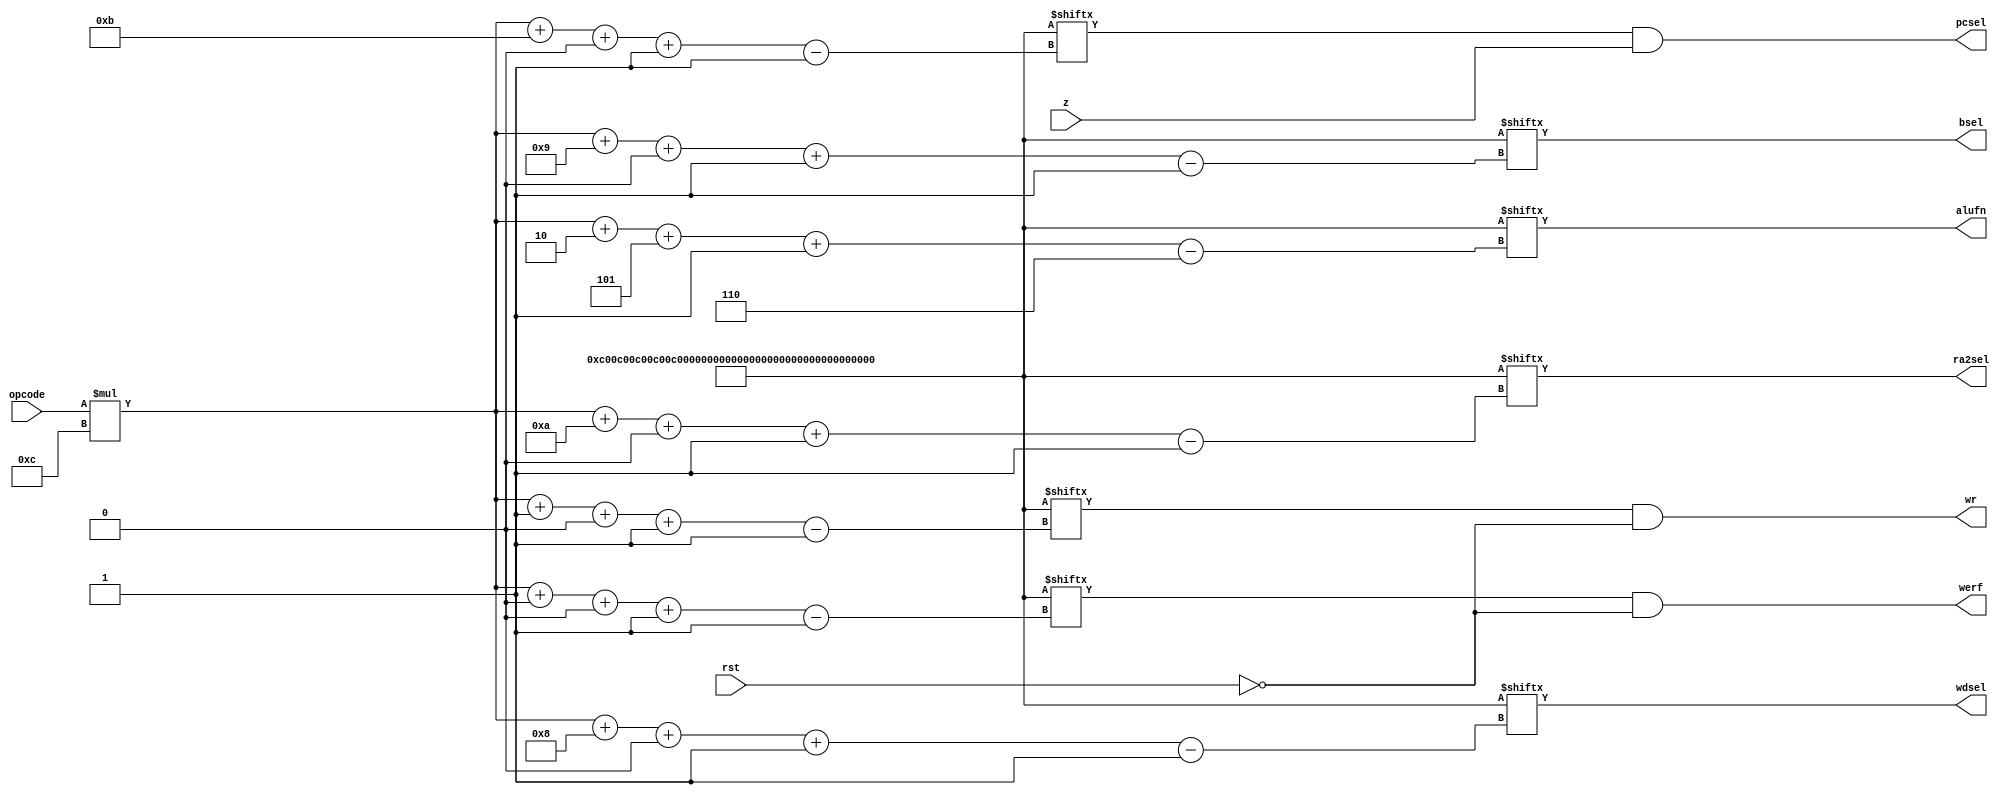
/*
   This file was generated automatically by Alchitry Labs version 1.2.1.
   Do not edit this file directly. Instead edit the original Lucid source.
   This is a temporary file and any changes made to it will be destroyed.
*/

/*
   Parameters:
     ALUFN_NOOP = 6b000011
     ALUFN_AND = 6b000010
     ALUFN_SHL = 6b000001
     ALUFN_ADD = 6b000000
     ALUFN_SHRC = 6b100001
     CONTROL_SIG = {c{1b0,1b0,1b0,1b0,ALUFN_NOOP,1b0,1b0},c{1b0,1b0,1b0,1b0,ALUFN_NOOP,1b0,1b0},c{1b0,1b0,1b0,1b0,ALUFN_NOOP,1b0,1b0},c{1b0,1b0,1b0,1b0,ALUFN_NOOP,1b0,1b0},c{1b0,1b0,1b0,1b0,ALUFN_NOOP,1b0,1b0},c{1b0,1b0,1b0,1b0,ALUFN_NOOP,1b0,1b0},c{1b0,1b0,1b0,1b0,ALUFN_NOOP,1b0,1b0},c{1b0,1b0,1b1,1b0,ALUFN_SHRC,1b0,1b1},c{1b1,1b1,1b0,1b0,ALUFN_NOOP,1b0,1b0},c{1b0,1b1,1b1,1b0,ALUFN_ADD,1b1,1b0},c{1b0,1b0,1b1,1b1,ALUFN_ADD,1b0,1b1},c{1b0,1b0,1b1,1b0,ALUFN_ADD,1b0,1b1},c{1b0,1b0,1b0,1b0,ALUFN_AND,1b0,1b1},c{1b0,1b0,1b0,1b0,ALUFN_SHL,1b0,1b1},c{1b0,1b0,1b0,1b0,ALUFN_ADD,1b0,1b1},c{1b0,1b0,1b0,1b0,ALUFN_NOOP,1b0,1b0}}
*/
module control_unit_4 (
    input rst,
    input z,
    input [3:0] opcode,
    output reg pcsel,
    output reg ra2sel,
    output reg bsel,
    output reg wdsel,
    output reg [5:0] alufn,
    output reg wr,
    output reg werf
  );
  
  localparam ALUFN_NOOP = 6'h03;
  localparam ALUFN_AND = 6'h02;
  localparam ALUFN_SHL = 6'h01;
  localparam ALUFN_ADD = 6'h00;
  localparam ALUFN_SHRC = 6'h21;
  localparam CONTROL_SIG = 192'h00c00c00c00c00c00c00c285c0c60230120100900500100c;
  
  
  always @* begin
    pcsel = CONTROL_SIG[(opcode[0+3-:4])*12+11+0-:1] & z;
    ra2sel = CONTROL_SIG[(opcode[0+3-:4])*12+10+0-:1];
    bsel = CONTROL_SIG[(opcode[0+3-:4])*12+9+0-:1];
    wdsel = CONTROL_SIG[(opcode[0+3-:4])*12+8+0-:1];
    alufn = CONTROL_SIG[(opcode[0+3-:4])*12+2+5-:6];
    wr = CONTROL_SIG[(opcode[0+3-:4])*12+1+0-:1] & (~rst);
    werf = CONTROL_SIG[(opcode[0+3-:4])*12+0+0-:1] & (~rst);
  end
endmodule